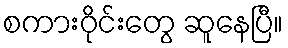
စကားဝိုင်းတွေ ဆူနေပြီ။